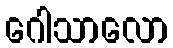
ဂေါသာလော